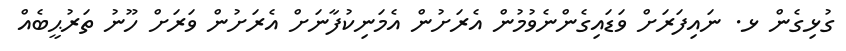
ގުޅިގެން ޅ. ނައިފަރަށް ވަޑައިގެންނެވުމުން އެރަށުން އެމަނިކުފާނަށް އެރަށުން ވަރަށް ހޫނު ތަރުޙީބެއް